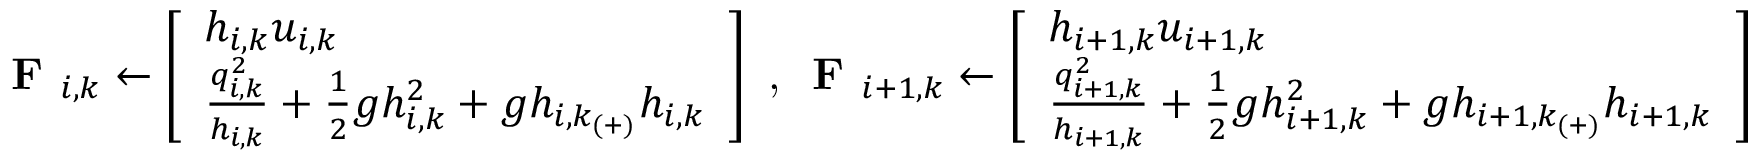
\textbf { F } _ { i , k } \leftarrow \left[ \begin{array} { l } { h _ { i , k } u _ { i , k } } \\ { \frac { q _ { i , k } ^ { 2 } } { h _ { i , k } } + \frac { 1 } { 2 } g h _ { i , k } ^ { 2 } + g h _ { i , k _ { ( + ) } } h _ { i , k } } \end{array} \right] \textrm { , } \textbf { F } _ { i + 1 , k } \leftarrow \left[ \begin{array} { l } { h _ { i + 1 , k } u _ { i + 1 , k } } \\ { \frac { q _ { i + 1 , k } ^ { 2 } } { h _ { i + 1 , k } } + \frac { 1 } { 2 } g h _ { i + 1 , k } ^ { 2 } + g h _ { i + 1 , k _ { ( + ) } } h _ { i + 1 , k } } \end{array} \right]